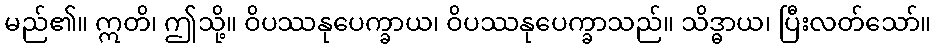
မည်၏။ ဣတိ၊ ဤသို့။ ဝိပဿနုပေက္ခာယ၊ ဝိပဿနုပေက္ခာသည်။ သိဒ္ဓာယ၊ ပြီးလတ်သော်။